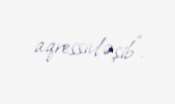
aqressivləşib”.